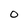
Character: O